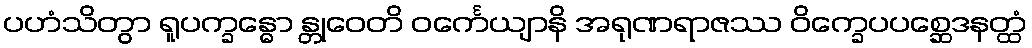
ပဟံသိတွာ ရူပက္ခန္ဓော န္တုဝေတိ ဝင်္ကေယျာနိ အရုဏရာဇဿ ဝိက္ခေပပစ္ဆေဒနတ္ထံ